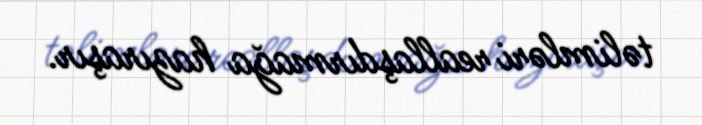
təlimləri reallaşdırmağa hazıraşır.